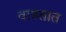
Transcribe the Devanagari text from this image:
वाडतात